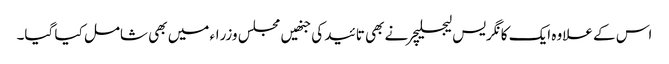
اس کے علاوہ ایک کانگریس لیجسلیچر نے بھی تائید کی جنھیں مجلس وزراء میں بھی شامل کیا گیا۔